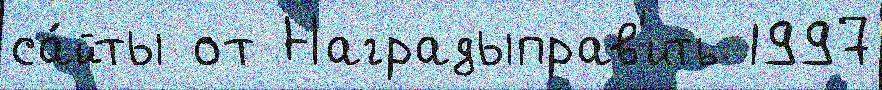
са́йты от Наградыправ'ить 1997